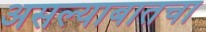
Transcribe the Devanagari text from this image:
असल्याबातचा